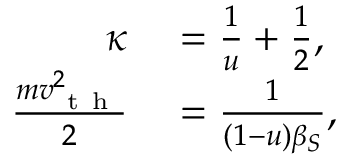
\begin{array} { r l } { \kappa } & { { } = \frac { 1 } { u } + \frac { 1 } { 2 } , } \\ { \frac { m v _ { \mathrm { ~ t ~ h ~ } } ^ { 2 } } { 2 } } & { { } = \frac { 1 } { ( 1 - u ) \beta _ { S } } , } \end{array}